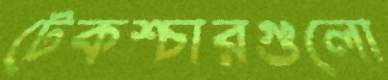
টেকশ্চারগুলো